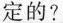
定的？